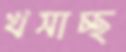
খসাচ্ছ